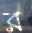
র